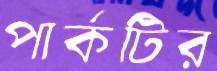
পার্কটির